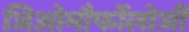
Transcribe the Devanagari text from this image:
जिओमौर्फोलोजी